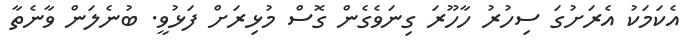
އެކަމަކު އެރަށުގަ ސިހުރު ހާހޫރަ ގިނަވެގެން ގޮސް މުޅިރަށް ފަޅުވީ. ބުނެލަން ވާނެތާ